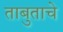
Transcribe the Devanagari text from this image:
ताबुताचे